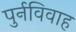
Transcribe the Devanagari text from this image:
पुर्नविवाह